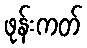
ဖုန်းကတ်